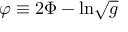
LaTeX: \varphi \equiv 2 \Phi - \mathrm { l n } \sqrt { g }